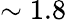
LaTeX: \sim 1.8